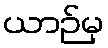
ယာဉ်မှ